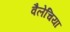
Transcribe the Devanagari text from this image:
वैलेचिया